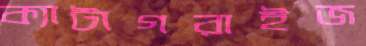
ক্যাটাগরাইজ